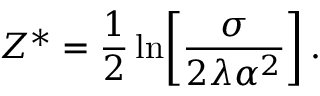
Z ^ { * } = \frac { 1 } { 2 } \ln \biggr [ \frac { \sigma } { 2 \lambda \alpha ^ { 2 } } \biggr ] \, .